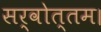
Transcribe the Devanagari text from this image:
सर्वोत्तम।